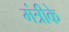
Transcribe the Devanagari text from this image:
मंत्रीके